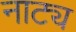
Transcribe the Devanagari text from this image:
नाट्य